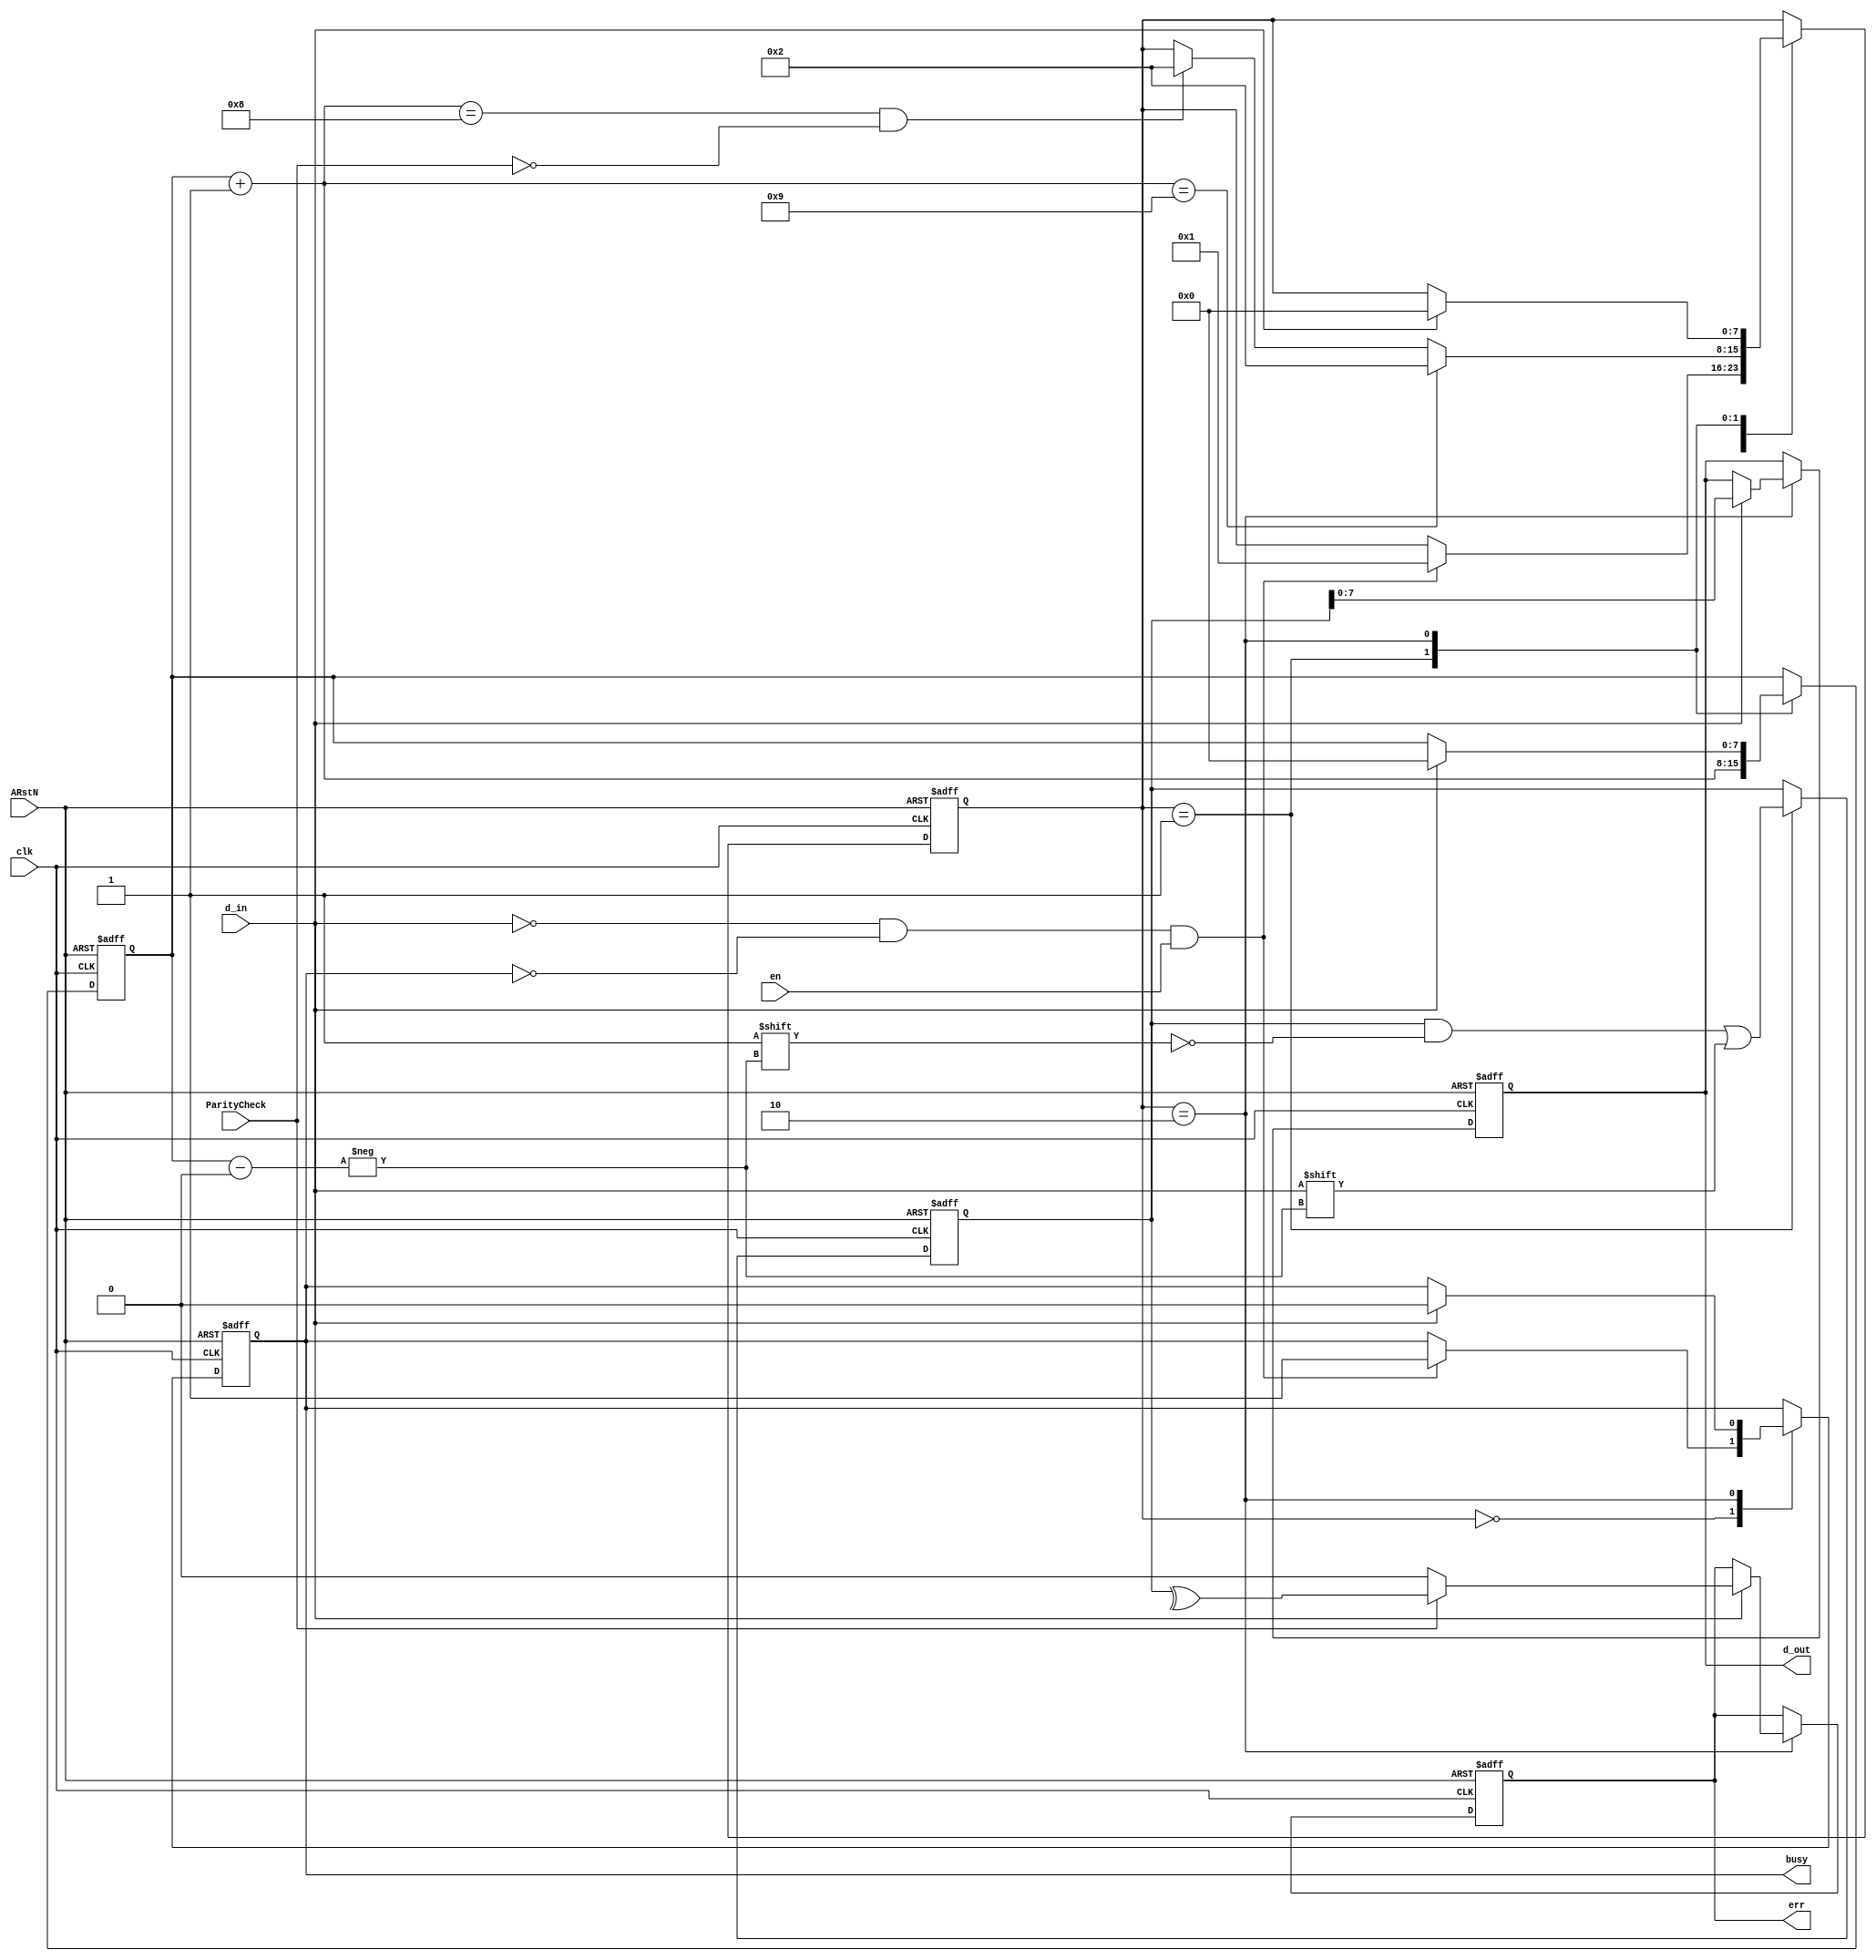
`timescale 1 ns / 10 ps

`define WAIT_FOR_START_BIT 0
`define RECEIVING_DATA 1
`define STOP 2

module rs232(ParityCheck, err, en, busy, d_in, d_out, ARstN, clk);

input ParityCheck;
input en;
input ARstN;
input clk;
input d_in;

output reg [7:0] d_out;
output reg busy;
output reg err; //it will change, only if ParityCheck is set, else it will clear

reg [8:0] buff;
reg [7:0] count;
reg [7:0] state;

always @(posedge clk or negedge ARstN) begin
	if(!ARstN) begin
		buff = 0;
		count = 0;
		busy = 0;
		err = 0;
		state = 0;
		d_out = 0;
	end
	else begin
		casez(state)
			`WAIT_FOR_START_BIT: begin
				if(!d_in && !busy && en) begin
					busy = 1;
					state = `RECEIVING_DATA;
				end
			end

			`RECEIVING_DATA: begin
				buff[count] = d_in;
				count = count + 1;
				if(count == 8 && !ParityCheck)
					state = `STOP;
				if(count == 9)
					state = `STOP;
			end

			`STOP: begin
				if(d_in) begin
					if(ParityCheck)
						err = ^buff;
					else
						err = 0;

					d_out = buff[7:0];
					busy = 0;
					count = 0;
					state = `WAIT_FOR_START_BIT;				
				end
			end
		endcase
	end
end

endmodule